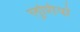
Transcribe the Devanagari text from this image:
लुशियो